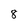
Character: 8